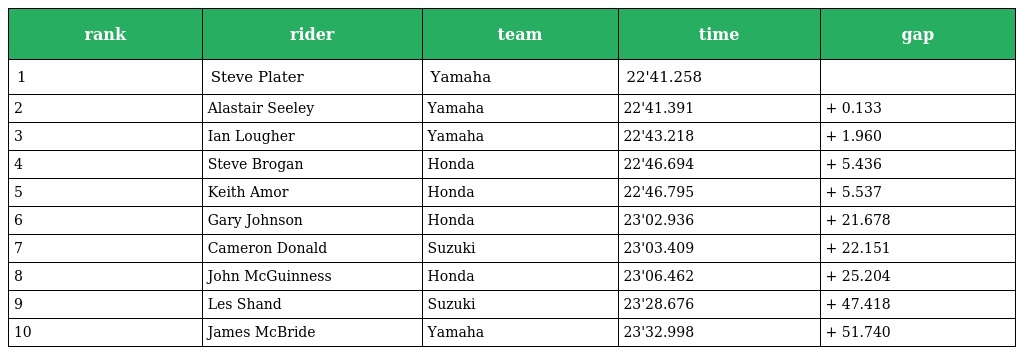
| rank | rider | team | time | gap |
 | --- | --- | --- | --- | --- |
 | 1 | Steve Plater | Yamaha | 22'41.258 |  |
 | 2 | Alastair Seeley | Yamaha | 22'41.391 | + 0.133 |
 | 3 | Ian Lougher | Yamaha | 22'43.218 | + 1.960 |
 | 4 | Steve Brogan | Honda | 22'46.694 | + 5.436 |
 | 5 | Keith Amor | Honda | 22'46.795 | + 5.537 |
 | 6 | Gary Johnson | Honda | 23'02.936 | + 21.678 |
 | 7 | Cameron Donald | Suzuki | 23'03.409 | + 22.151 |
 | 8 | John McGuinness | Honda | 23'06.462 | + 25.204 |
 | 9 | Les Shand | Suzuki | 23'28.676 | + 47.418 |
 | 10 | James McBride | Yamaha | 23'32.998 | + 51.740 |